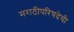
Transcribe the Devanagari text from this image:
मराठीपरिषदेची